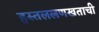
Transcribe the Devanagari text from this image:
हस्तललणखताची